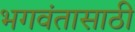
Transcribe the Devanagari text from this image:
भगवंतासाठी